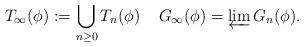
LaTeX: \begin{align*}{}T_\infty(\phi):=\bigcup _{n \geq 0} T_n(\phi)\;\;\;\; G_\infty(\phi)=\varprojlim G_n(\phi).\end{align*}